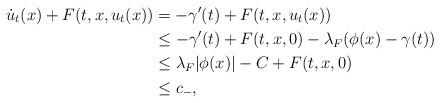
LaTeX: \begin{align*}\dot{u}_t(x)+F(t,x,u_t(x))&= -\gamma'(t)+F(t,x,u_t(x))\\&\leq -\gamma'(t)+F(t,x,0)-\lambda_F(\phi(x)-\gamma(t))\\&\leq \lambda_F|\phi(x)|-C+F(t,x,0)\\&\leq c_-,\end{align*}